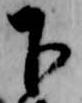
下